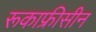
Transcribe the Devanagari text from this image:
रूकाफ्रीसीन